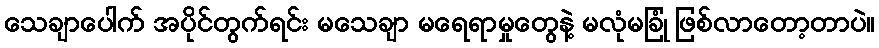
သေချာပေါက် အပိုင်တွက်ရင်း မသေချာ မရေရာမှုတွေနဲ့ မလုံမခြုံ ဖြစ်လာတော့တာပဲ။